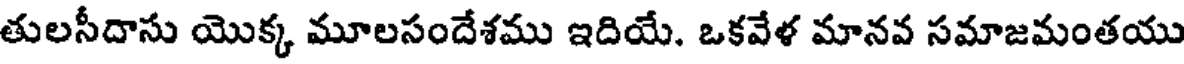
తులసీదాసు యొక్క మూలసందేశము ఇదియే. ఒకవేళ మానవ సమాజమంతయు